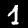
Digit: 1